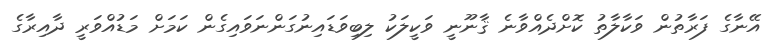
އޭނާގެ ފަރާތުން ވަކާލާތު ކޮށްދެއްވާނެ ޤާނޫނީ ވަކީލަކު ލިބިވަޑައިނުގަންނަވައިގެން ކަމަށް މަޑުއްވަރީ ދާއިރާގެ